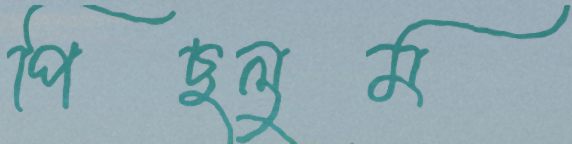
পিছলুম